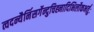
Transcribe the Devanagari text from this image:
त्वदन्यैर्निसर्गेन्दुचिह्नादिभिर्लोकभर्तुः